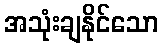
အသုံးချနိုင်သော